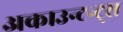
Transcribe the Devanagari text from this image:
अकाउन्टन्ट्स